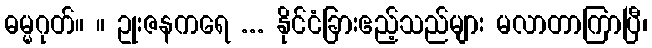
ဓမ္မဂုတ်။ ။ ဥုးဇနကရေ ... နိုင်ငံခြားဧည့်သည်များ မလာတာကြာပြီ၊